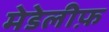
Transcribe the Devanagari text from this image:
मेडेलीफ़